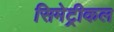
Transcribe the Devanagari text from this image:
सिमेट्रीकल